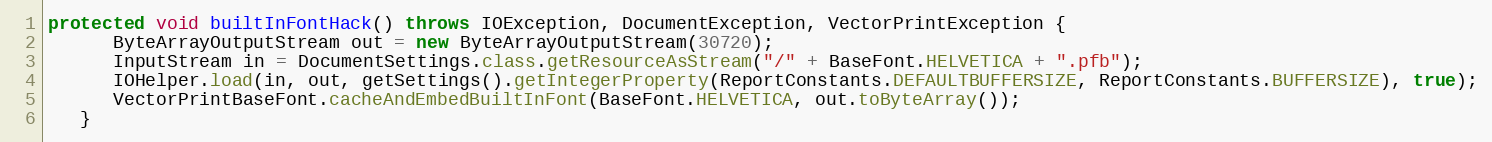
Language: Java
protected void builtInFontHack() throws IOException, DocumentException, VectorPrintException {
      ByteArrayOutputStream out = new ByteArrayOutputStream(30720);
      InputStream in = DocumentSettings.class.getResourceAsStream("/" + BaseFont.HELVETICA + ".pfb");
      IOHelper.load(in, out, getSettings().getIntegerProperty(ReportConstants.DEFAULTBUFFERSIZE, ReportConstants.BUFFERSIZE), true);
      VectorPrintBaseFont.cacheAndEmbedBuiltInFont(BaseFont.HELVETICA, out.toByteArray());
   }